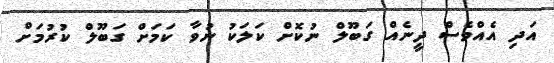
އަދި އެއްވެސް ދީނެއް ގަބޫލް ނުކޮށް ކަލަކު ނުވާ ކަމަށް ގަބޫލް ކުރުމަށް